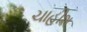
ચાહીશ